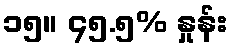
၁၅။ ၄၅.၅% နှုန်း